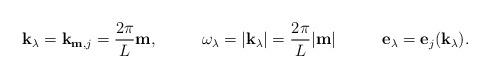
LaTeX: \begin{align*}\mathbf{ k}_\lambda&=\mathbf{ k}_{\mathbf{ m},j}=\frac{2\pi}{L} \mathbf{ m},& \omega_\lambda= |\mathbf{ k}_\lambda|& = \frac{2\pi}{L} |\mathbf{ m}|& \mathbf{ e}_\lambda&=\mathbf{ e}_j(\mathbf{ k}_\lambda) .\end{align*}